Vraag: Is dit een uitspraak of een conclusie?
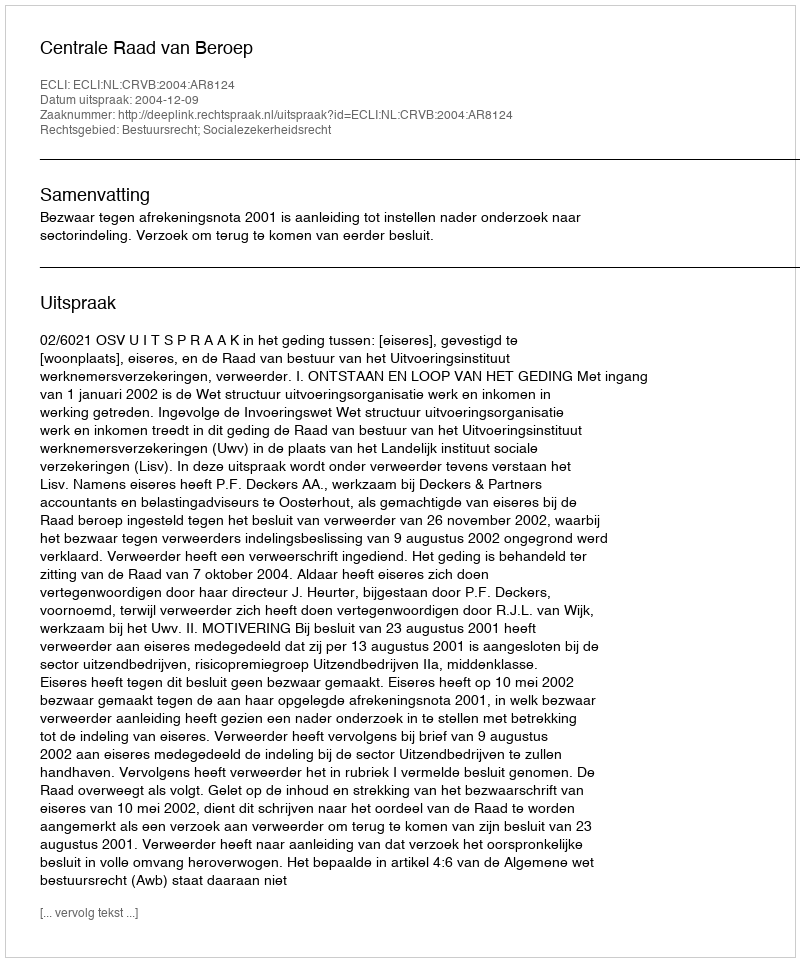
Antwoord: Uitspraak